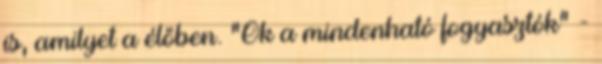
is, amilyet a élőben. "Ők a mindenható fogyasztók" -